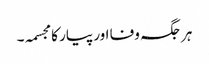
ہر جگہ وفا اور پیار کا مجسمہ۔